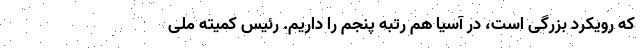
که رویکرد بزرگی است، در آسیا هم رتبه پنجم را داریم. رئیس کمیته ملی